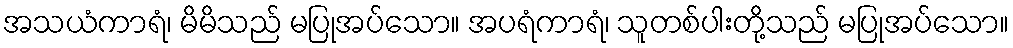
အသယံကာရံ၊ မိမိသည် မပြုအပ်သော။ အပရံကာရံ၊ သူတစ်ပါးတို့သည် မပြုအပ်သော။